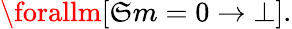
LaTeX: \forallm[\mathfrak{S}m=0\rightarrow\bot].